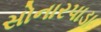
સોનારપાડા